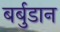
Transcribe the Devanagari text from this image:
बर्बुडान